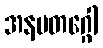
အနမတဂ္ဂေါ